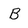
Character: B